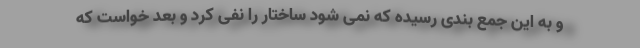
و به این جمع بندی رسیده که نمی شود ساختار را نفی کرد و بعد خواست که